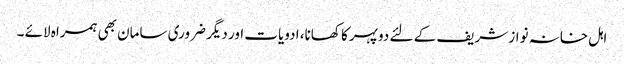
اہل خانہ نواز شریف کے لئے دوپہر کا کھانا، ادویات اور دیگر ضروری سامان بھی ہمراہ لائے ۔